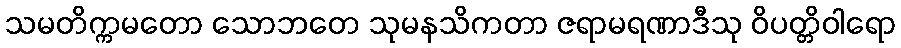
သမတိက္ကမတော သောဘတေ သုမနသိကတာ ဇရာမရဏာဒီသု ဝိပတ္တိဝါရော